Lunatic asylums Punjab 1868-1880 - 1868-1880
Year: 1868
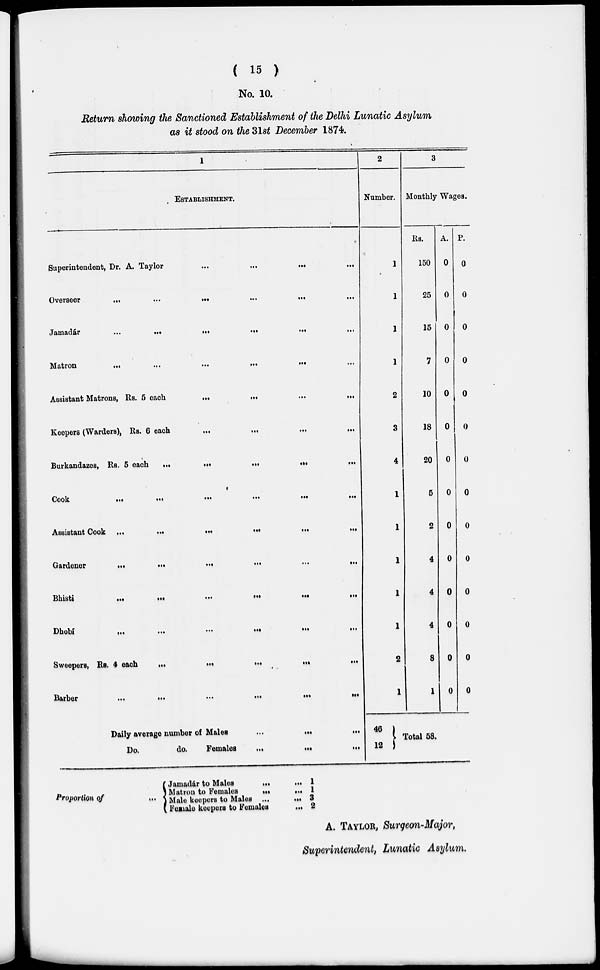
( 15 )
No. 10.
Return showing the Sanctioned Establishment of the Delhi Lunatic Asylum
as it stood on the 31st December 1874.
1
ESTABLISHMENT.
Superintendent, Dr. A. Taylor
...
...
...
...
Overseer
...
...
...
...
... ...
Jamadár ... ... ... ... ... ...
Matron
...
...
...
...
...
...
Assistant Matrons, Rs. 5 each
...
...
...
...
Keepers (Warders), Rs. 6 each
...
...
...
...
Burkandazes, Rs. 5 each
...
...
...
...
...
COOK
...
...
...
...
...
...
Assistant Cook ...
...
...
...
...
...
Gardener
...
...
...
...
...
...
Bhisti ... ... ... ... ... ...
Dhobií
...
...
...
...
...
...
Sweepers, Rs. 4 each
...
...
...
...
...
Barber
...
...
...
...
...
...
Daily average number of Males
...
...
...
Do.
do.
Females
...
...
...
2
Number.
1
1
1
1
2
3
4
1
1
1
1
1
2
1
46
12
3
Monthly Wages.
Rs.
150
25
15
7
10
18
20
5
2
4
4
4
8
1
A.
0
0
0
0
0
0
0
0
0
0
0
0
0
0
P.
0
0
0
0
0
0
0
0
0
0
0
0
0
0
Total
58.
Proportion of
Jamadár to Males
...
Matron to Females
...
Male keepers to Males ...
Female keepers to Females
... 1
... 1
... 3
... 2
A. TAYLOR, Surgeon-Major,
Superintendent, Lunatic Asylum.